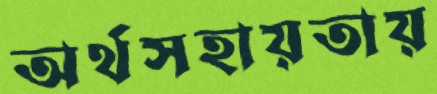
অর্থসহায়তায়